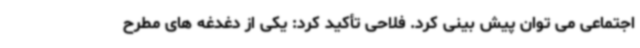
اجتماعی می توان پیش بینی کرد. فلاحی تأکید کرد: یکی از دغدغه های مطرح